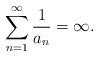
LaTeX: \begin{align*} \sum_{n=1}^\infty \frac{1}{a_n} = \infty. \end{align*}